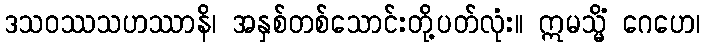
ဒသဝဿသဟဿာနိ၊ အနှစ်တစ်သောင်းတို့ပတ်လုံး။ ဣမသ္မိံ ဂေဟေ၊